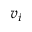
v _ { i }